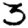
Digit: 3